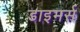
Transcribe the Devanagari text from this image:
डाइमर्स